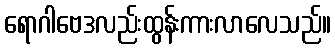
ရောဂါဗေဒလည်းထွန်းကားလာလေသည်။